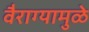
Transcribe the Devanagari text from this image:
वैराग्यामुळे